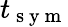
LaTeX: t_{\mathrm{~s~y~m~}}